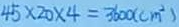
4 5 \times 2 0 \times 4 = 3 6 0 0 ( c m ^ { 2 } )